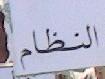
النظام